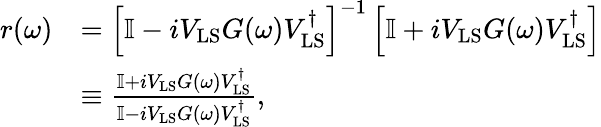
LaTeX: \begin{array}{rl}{r(\omega)}&{=\left[\mathbb{I}-iV_{\mathrm{LS}}G(\omega)V_{\mathrm{LS}}^{\dagger}\right]^{-1}\left[\mathbb{I}+iV_{\mathrm{LS}}G(\omega)V_{\mathrm{LS}}^{\dagger}\right]}\\ &{\equiv\frac{\mathbb{I}+iV_{\mathrm{LS}}G(\omega)V_{\mathrm{LS}}^{\dagger}}{\mathbb{I}-iV_{\mathrm{LS}}G(\omega)V_{\mathrm{LS}}^{\dagger}},}\end{array}